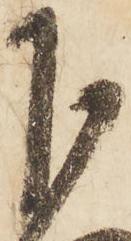
下